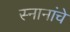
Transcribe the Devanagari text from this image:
स्नानांचे